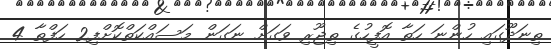
ތިނަދޫގައި ހުންނަ ހަތާ އޮފީހުގެ ތިޖޫރި ވަގަށް ނަގަން މަސައްކަތްކޮށްފި2 ހަފްތާ 4